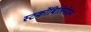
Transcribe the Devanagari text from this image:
स्‍टर्कोबिलिनोजेन